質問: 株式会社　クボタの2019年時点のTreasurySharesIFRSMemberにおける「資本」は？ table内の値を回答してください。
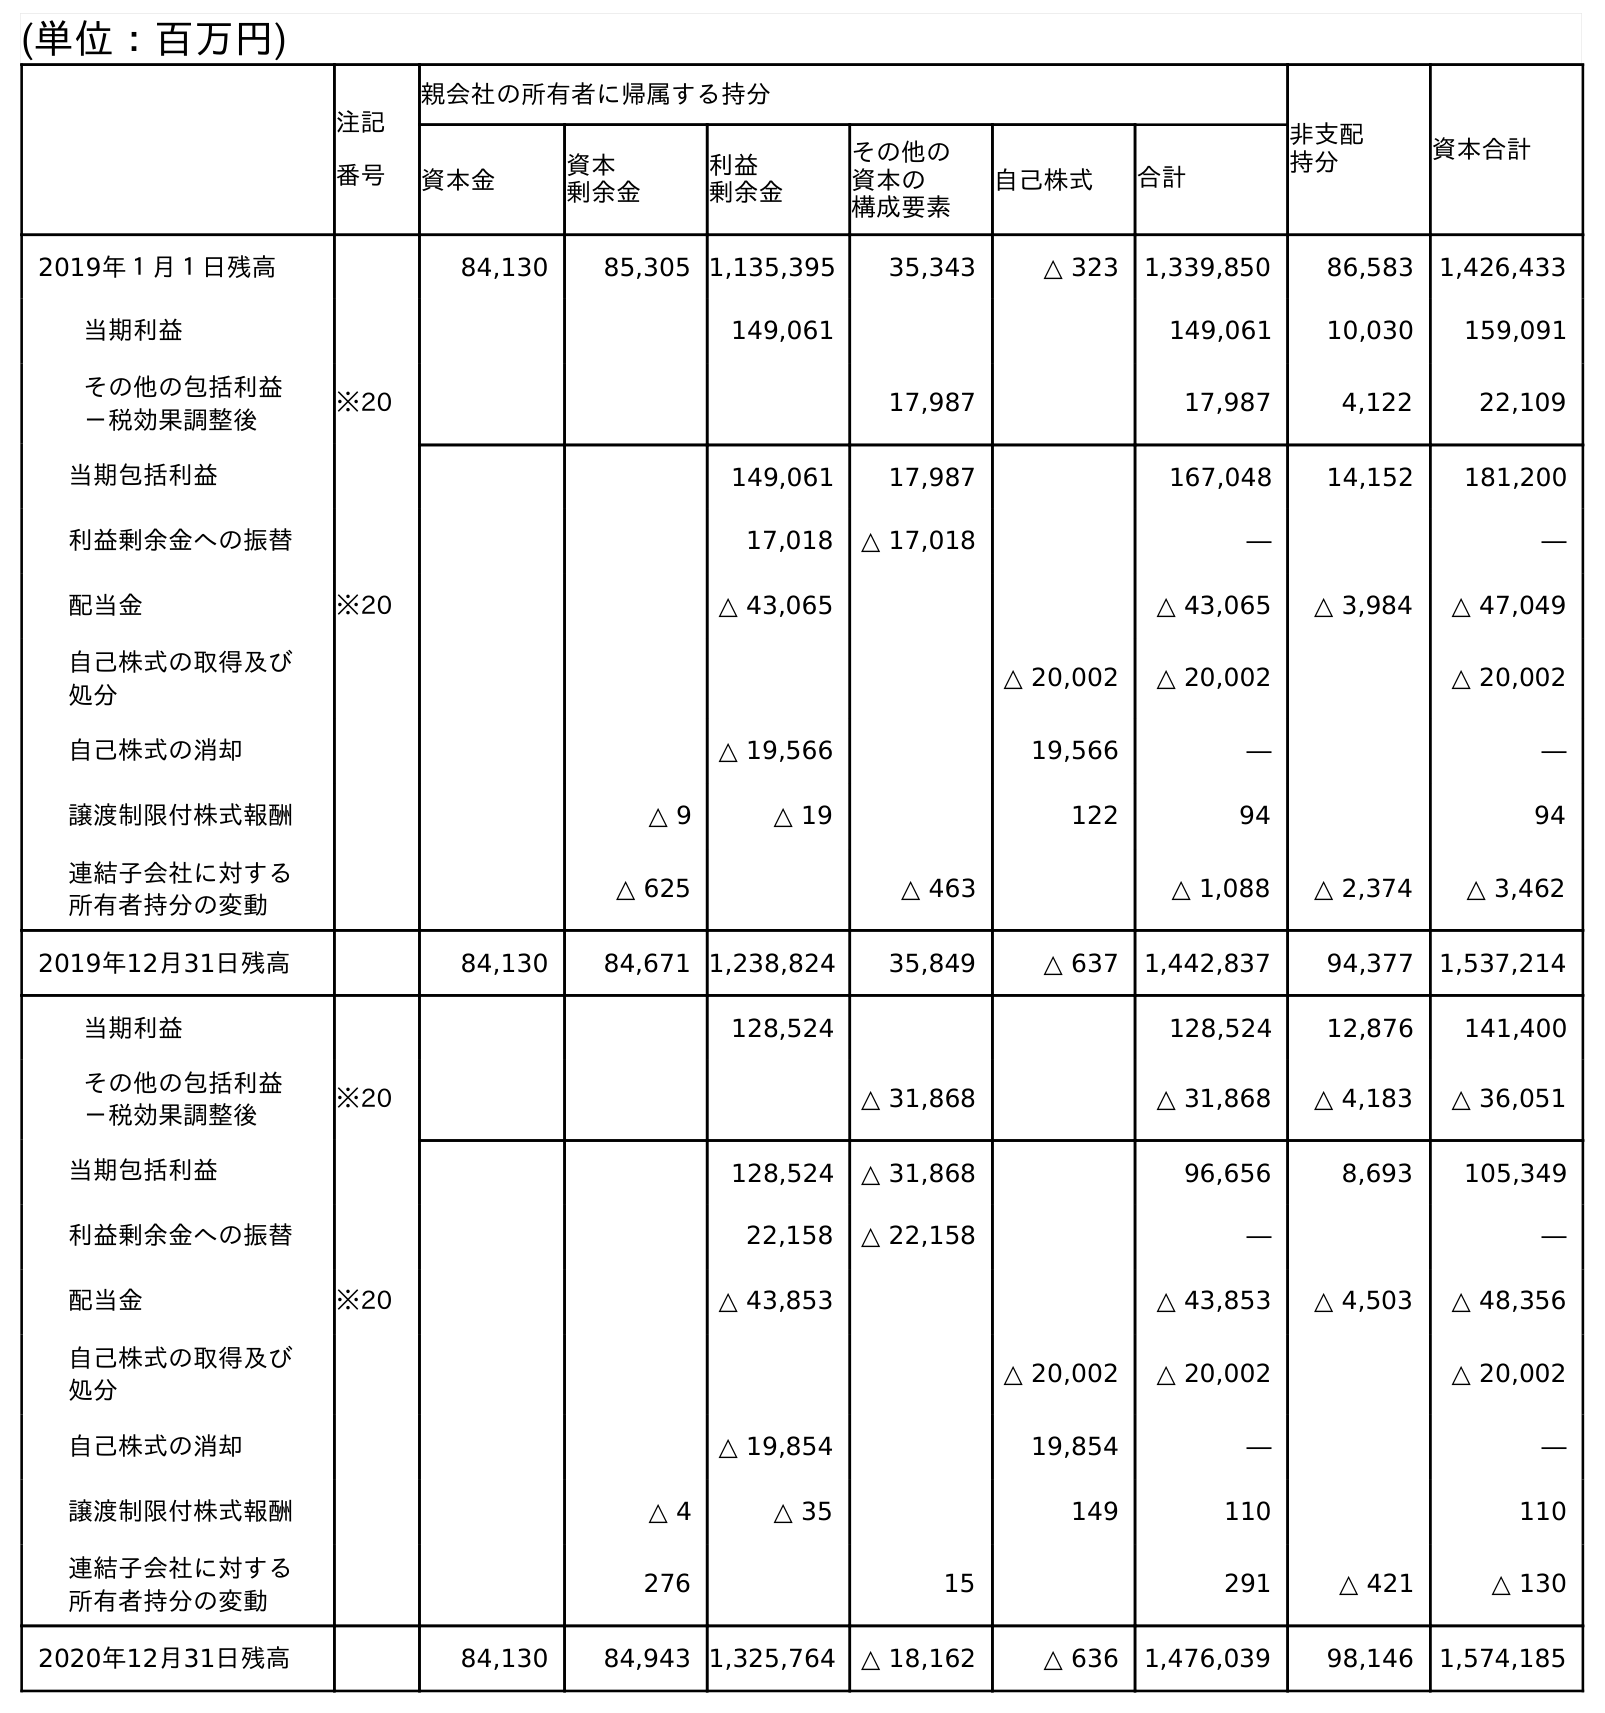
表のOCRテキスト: (単位：百万円) 注記 番号 親会社の所有者に帰属する持分 非支配 持分 資本合計 資本金 資本 剰余金 利益 剰余金 その他の 資本の 構成要素 自己株式 合計 2019年１月１日残高 84,130 85,305 1,135,395 35,343 △ 323 1,339,850 86,583 1,426,433 当期利益 149,061 149,061 10,030 159,091 その他の包括利益 －税効果調整後 ※20 17,987 17,987 4,122 22,109 当期包括利益 149,061 17,987 167,048 14,152 181,200 利益剰余金への振替 17,018 △ 17,018 ― ― 配当金 ※20 △ 43,065 △ 43,065 △ 3,984 △ 47,049 自己株式の取得及び 処分 △ 20,002 △ 20,002 △ 20,002 自己株式の消却 △ 19,566 19,566 ― ― 譲渡制限付株式報酬 △ 9 △ 19 122 94 94 連結子会社に対する 所有者持分の変動 △ 625 △ 463 △ 1,088 △ 2,374 △ 3,462 2019年12月31日残高 84,130 84,671 1,238,824 35,849 △ 637 1,442,837 94,377 1,537,214 当期利益 128,524 128,524 12,876 141,400 その他の包括利益 －税効果調整後 ※20 △ 31,868 △ 31,868 △ 4,183 △ 36,051 当期包括利益 128,524 △ 31,868 96,656 8,693 105,349 利益剰余金への振替 22,158 △ 22,158 ― ― 配当金 ※20 △ 43,853 △ 43,853 △ 4,503 △ 48,356 自己株式の取得及び 処分 △ 20,002 △ 20,002 △ 20,002 自己株式の消却 △ 19,854 19,854 ― ― 譲渡制限付株式報酬 △ 4 △ 35 149 110 110 連結子会社に対する 所有者持分の変動 276 15 291 △ 421 △ 130 2020年12月31日残高 84,130 84,943 1,325,764 △ 18,162 △ 636 1,476,039 98,146 1,574,185
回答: △637